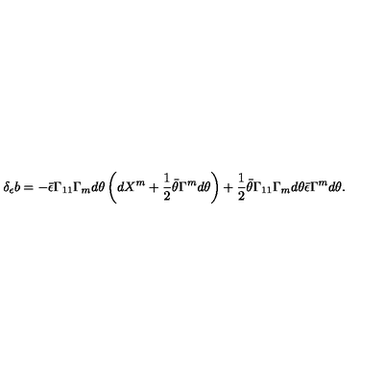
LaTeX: \delta _ { \epsilon } b = - \bar { \epsilon } \Gamma _ { 1 1 } \Gamma _ { m } d \theta \left( d X ^ { m } + { \frac { 1 } { 2 } } \bar { \theta } \Gamma ^ { m } d \theta \right) + { \frac { 1 } { 2 } } \bar { \theta } \Gamma _ { 1 1 } \Gamma _ { m } d \theta \bar { \epsilon } \Gamma ^ { m } d \theta .